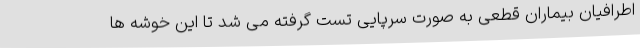
اطرافیان بیماران قطعی به صورت سرپایی تست گرفته می شد تا این خوشه ها